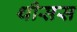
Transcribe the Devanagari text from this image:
थीसस